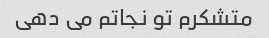
متشکرم تو نجاتم می دهی